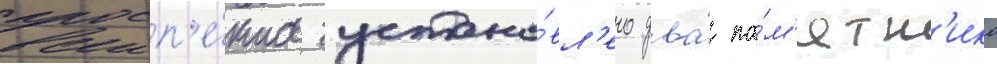
просп'е́кта устано́вл'ено два́ па́м'ятн'ика